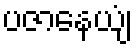
ပဇာနေယျံ